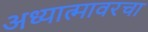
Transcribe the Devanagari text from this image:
अध्यात्मावरचा